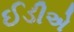
ઈડીએ